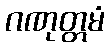
ဂဏုတ္တမံ